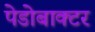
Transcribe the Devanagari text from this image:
पेडोबाक्टर